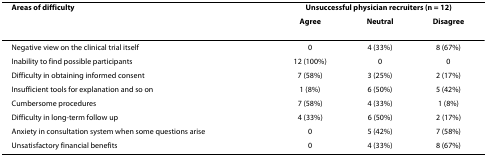
| Areas of difficulty | <COLSPAN=3> Unsuccessful physician recruiters (n = 12) |
 |  | Agree | Neutral | Disagree |
 | --- | --- | --- | --- |
 | Negative view on the clinical trial itself | 0 | 4 (33%) | 8 (67%) |
 | Inability to find possible participants | 12 (100%) | 0 | 0 |
 | Difficulty in obtaining informed consent | 7 (58%) | 3 (25%) | 2 (17%) |
 | Insufficient tools for explanation and so on | 1 (8%) | 6 (50%) | 5 (42%) |
 | Cumbersome procedures | 7 (58%) | 4 (33%) | 1 (8%) |
 | Difficulty in long-term follow up | 4 (33%) | 6 (50%) | 2 (17%) |
 | Anxiety in consultation system when some questions arise | 0 | 5 (42%) | 7 (58%) |
 | Unsatisfactory financial benefits | 0 | 4 (33%) | 8 (67%) |